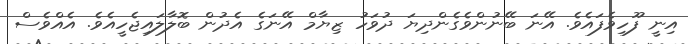
އިނީ ފޫހިވެފައެވެ. އޭނަ ބޭނުންވެގެންދިޔަ ދުވަހު ޒިޔާމް އޭނަގެ އެދުން ބޮލާލައިޖެހީއެވެ. އެއްވެސް